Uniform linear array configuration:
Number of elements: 32
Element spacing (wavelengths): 0.75
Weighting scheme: hann
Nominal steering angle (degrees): -30
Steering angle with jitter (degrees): -29.618
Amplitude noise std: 0.05
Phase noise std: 0.05

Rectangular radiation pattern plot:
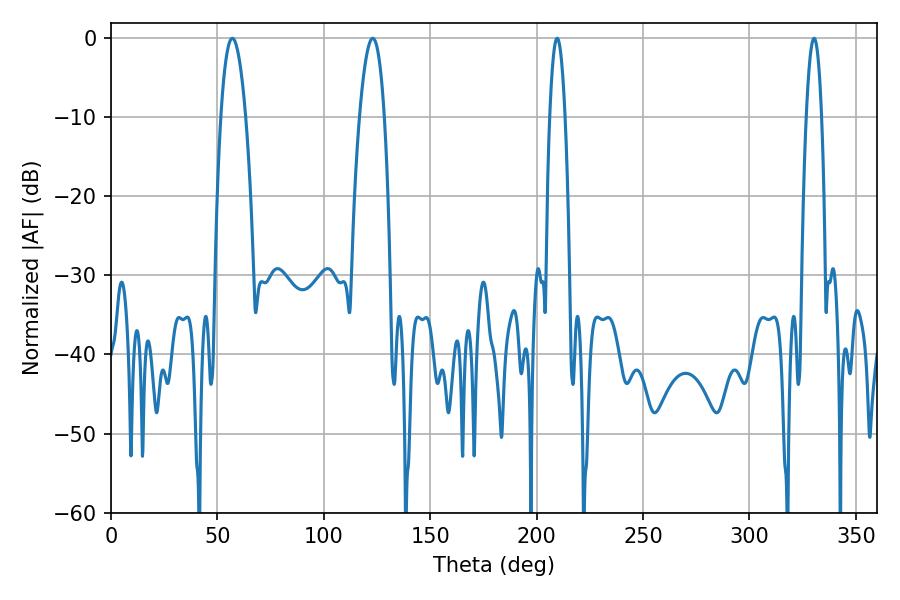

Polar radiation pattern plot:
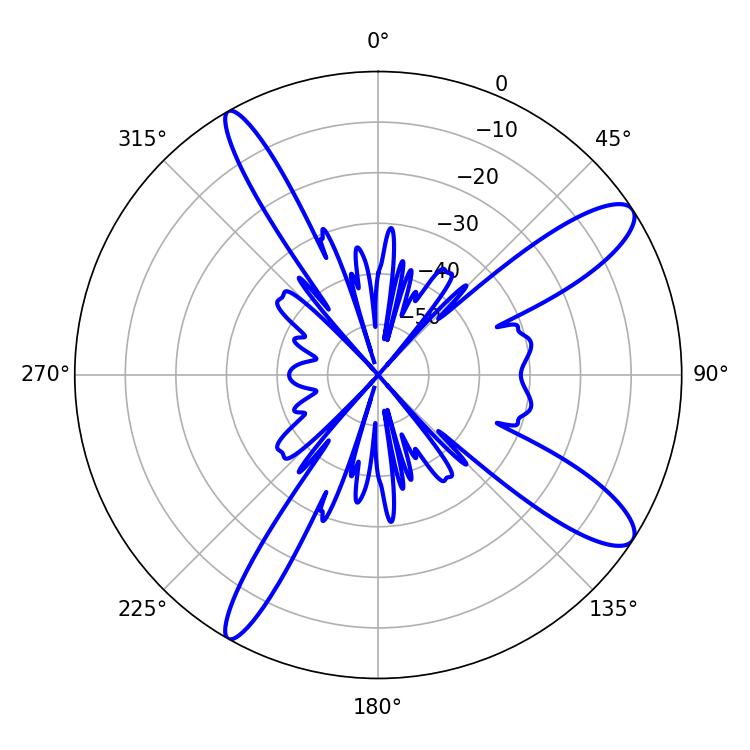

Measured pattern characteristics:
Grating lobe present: TRUE
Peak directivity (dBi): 11.889
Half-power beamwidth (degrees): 6.3
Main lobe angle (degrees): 57.06